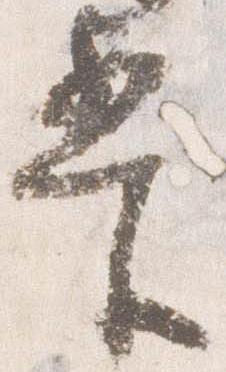
当